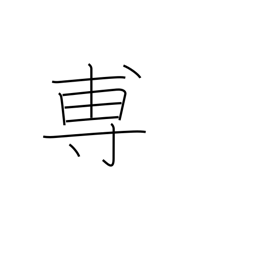
Meaning: to announce